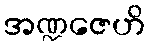
အဏ္ဍဇေဟိ